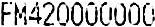
FM420000000